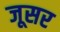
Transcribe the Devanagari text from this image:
जूसर